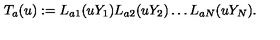
T _ { a } ( u ) : = L _ { a 1 } ( u Y _ { 1 } ) L _ { a 2 } ( u Y _ { 2 } ) \dots L _ { a N } ( u Y _ { N } ) .